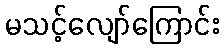
မသင့်လျော်ကြောင်း